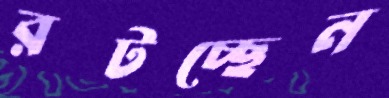
রটচ্ছেন